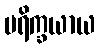
ပရိက္ခယာယ